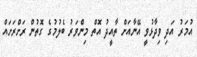
އުމަރު އަދި ވިދާޅުވީ އޭނާއަށް ތާއީދު އޮތް މިންވަރު ބެލުމުގެ ގޮތުން ރަށްރަށައް